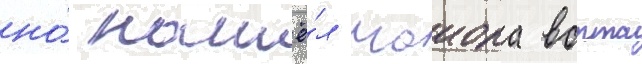
но́ нашё́л маиора ворта